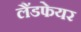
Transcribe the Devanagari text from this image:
लैंडफेयर